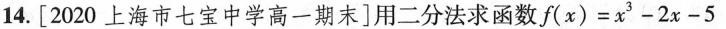
14.[2020上海市七宝中学高一期末]用二分法求函数$$f ( x ) = x ^ { 3 } - 2 x - 5$$